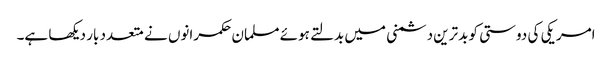
امریکی کی دوستی کو بدترین دشمنی میں بدلتے ہوئے مسلمان حکمرانوں نے متعدد بار دیکھا ہے۔